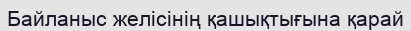
Байланыс желісінің қашықтығына қарай